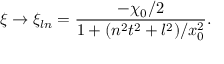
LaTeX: \xi \to \xi _ { l n } = \frac { - \chi _ { 0 } / 2 } { 1 + ( n ^ { 2 } t ^ { 2 } + l ^ { 2 } ) / x _ { 0 } ^ { 2 } } .